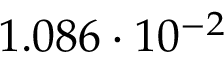
1 . 0 8 6 \cdot 1 0 ^ { - 2 }